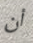
أن